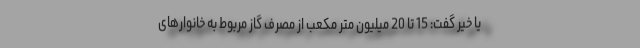
یا خیر گفت: 15 تا 20 میلیون متر مکعب از مصرف گاز مربوط به خانوارهای